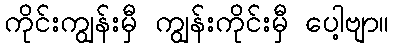
ကိုင်းကျွန်းမှီ ကျွန်းကိုင်းမှီ ပေါ့ဗျာ။